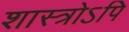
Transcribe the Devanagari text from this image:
शास्त्रोऽपि